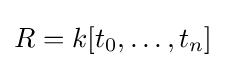
R=k[t_{0},\ldots ,t_{n}]